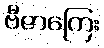
ဗီဇာကြေး